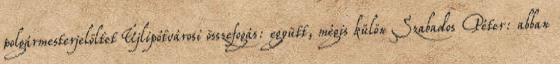
polgármesterjelöltet Újlipótvárosi összefogás: együtt, mégis külön Szabados Péter: abban